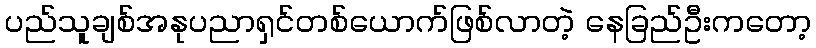
ပည်သူချစ်အနုပညာရှင်တစ်ယောက်ဖြစ်လာတဲ့ နေခြည်ဦးကတော့